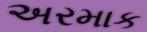
અરમાક